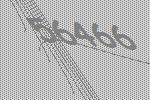
56466